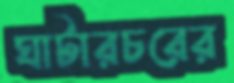
ঘাটারচরের